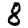
Digit: 8